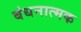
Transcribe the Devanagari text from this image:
बंधनात्मक